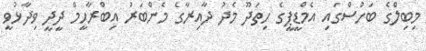
މިބިލްގެ ބަހުސްގައި އެމްޑީޕީގެ ހިތަދޫ މެދު ދާއިރާގެ މެންބަރު އިބްރާހީމް ދީދީ ވިދާޅުވީ